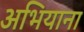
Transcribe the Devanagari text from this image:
अभियाना